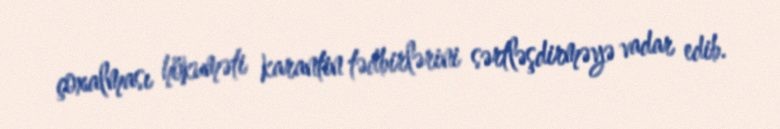
çoxalması hökuməti karantin tədbirlərini sərtləşdirməyə vadar edib.